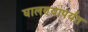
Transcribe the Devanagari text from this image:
घालण्यापर्यंत